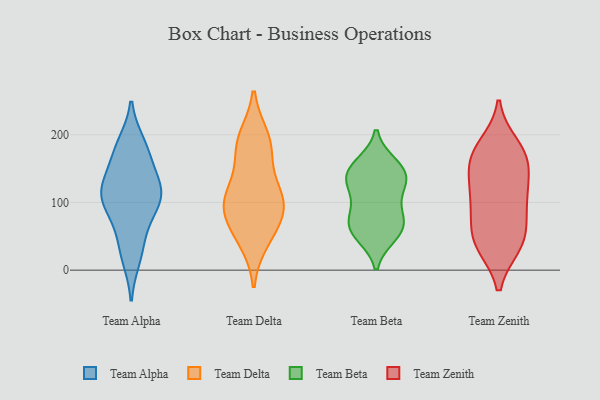
{"axis": {"x": "Churn Rate (%)", "y": "Value"}, "legend": ["Team Alpha", "Team Beta", "Team Delta", "Team Zenith"], "data": [{"x": "", "y": 80, "type": "Team Alpha"}, {"x": "", "y": 122, "type": "Team Alpha"}, {"x": "", "y": 186, "type": "Team Alpha"}, {"x": "", "y": 117, "type": "Team Alpha"}, {"x": "", "y": 95, "type": "Team Alpha"}, {"x": "", "y": 116, "type": "Team Alpha"}, {"x": "", "y": 18, "type": "Team Alpha"}, {"x": "", "y": 157, "type": "Team Alpha"}, {"x": "", "y": 42, "type": "Team Alpha"}, {"x": "", "y": 178, "type": "Team Alpha"}, {"x": "", "y": 113, "type": "Team Alpha"}, {"x": "", "y": 81, "type": "Team Delta"}, {"x": "", "y": 180, "type": "Team Delta"}, {"x": "", "y": 182, "type": "Team Delta"}, {"x": "", "y": 45, "type": "Team Delta"}, {"x": "", "y": 194, "type": "Team Delta"}, {"x": "", "y": 95, "type": "Team Delta"}, {"x": "", "y": 115, "type": "Team Delta"}, {"x": "", "y": 108, "type": "Team Delta"}, {"x": "", "y": 106, "type": "Team Delta"}, {"x": "", "y": 60, "type": "Team Delta"}, {"x": "", "y": 144, "type": "Team Beta"}, {"x": "", "y": 65, "type": "Team Beta"}, {"x": "", "y": 58, "type": "Team Beta"}, {"x": "", "y": 111, "type": "Team Beta"}, {"x": "", "y": 128, "type": "Team Beta"}, {"x": "", "y": 146, "type": "Team Beta"}, {"x": "", "y": 137, "type": "Team Beta"}, {"x": "", "y": 84, "type": "Team Beta"}, {"x": "", "y": 70, "type": "Team Beta"}, {"x": "", "y": 155, "type": "Team Beta"}, {"x": "", "y": 53, "type": "Team Beta"}, {"x": "", "y": 102, "type": "Team Zenith"}, {"x": "", "y": 135, "type": "Team Zenith"}, {"x": "", "y": 37, "type": "Team Zenith"}, {"x": "", "y": 119, "type": "Team Zenith"}, {"x": "", "y": 184, "type": "Team Zenith"}, {"x": "", "y": 110, "type": "Team Zenith"}, {"x": "", "y": 171, "type": "Team Zenith"}, {"x": "", "y": 172, "type": "Team Zenith"}, {"x": "", "y": 52, "type": "Team Zenith"}, {"x": "", "y": 87, "type": "Team Zenith"}, {"x": "", "y": 65, "type": "Team Zenith"}, {"x": "", "y": 155, "type": "Team Zenith"}, {"x": "", "y": 37, "type": "Team Zenith"}, {"x": "", "y": 166, "type": "Team Zenith"}, {"x": "", "y": 37, "type": "Team Zenith"}]}